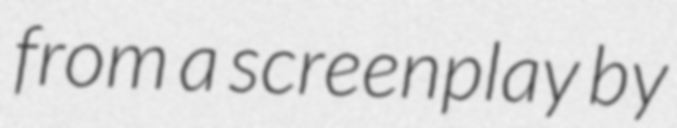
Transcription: from a screenplay by